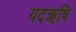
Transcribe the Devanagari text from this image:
यदऋषि